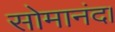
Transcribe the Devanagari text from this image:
सोमानंद।